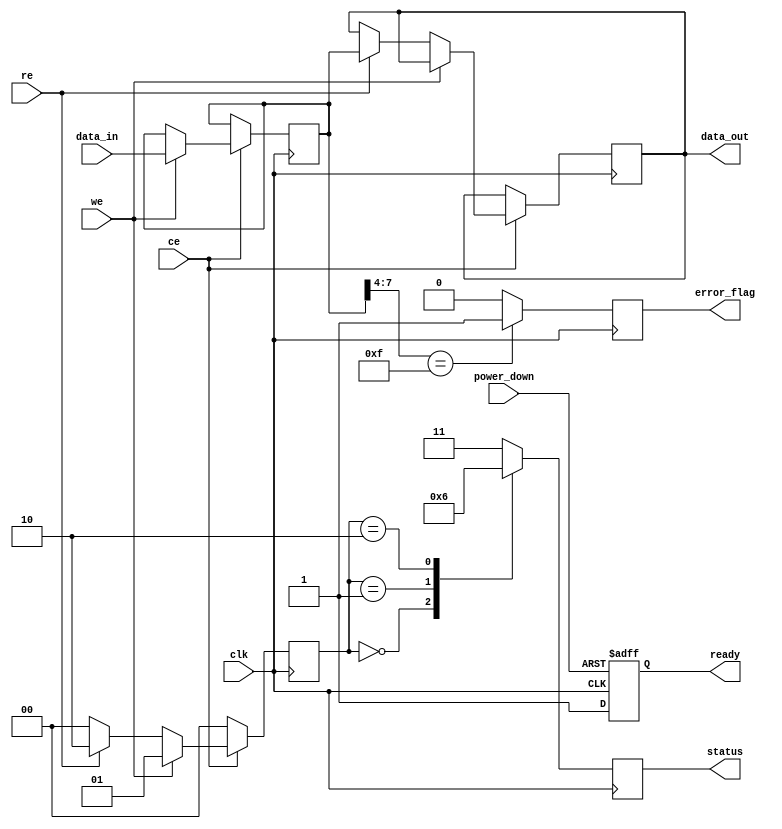
module ioblock (
    // I/O ports
    input wire [7:0] data_in,         // Input data (8 bits)
    output wire [7:0] data_out,       // Output data (8 bits)
    input wire ce,                     // Chip Enable
    input wire we,                     // Write Enable
    input wire re,                     // Read Enable
    input wire clk,                    // Internal clock
    output reg ready,                  // Ready status
    output reg error_flag,             // Error flag
    input wire power_down,             // Power management signal
    output wire [1:0] status           // Status register (Busy/Ready/Error)
);

    // Internal signals
    reg [7:0] data_latch;              // Data latch
    reg [1:0] operation_mode;          // Operation mode (Read, Write, Erase)
    reg [15:0] timing_control;          // Timing control parameters

    // Power management
    always @(posedge clk or negedge power_down) begin
        if (!power_down) begin
            // Enter low power mode
            ready <= 1'b0;
            // additional power management logic
        end else begin
            ready <= 1'b1; // Active mode
        end
    end

    // Control signal processing
    always @(posedge clk) begin
        if (ce) begin
            if (we) begin
                // Write Operation
                data_latch <= data_in; // Latch input data
                operation_mode <= 2'b01; // Set operation mode to Write
                // Implement Write logic here
            end else if (re) begin
                // Read Operation
                data_out <= data_latch; // Output the latched data
                operation_mode <= 2'b10; // Set operation mode to Read
                // Implement Read logic here
            end else begin
                operation_mode <= 2'b00; // Idle mode
            end
        end else begin
            operation_mode <= 2'b00; // Chip disabled
        end
    end

    // Status register logic
    always @(posedge clk) begin
        case (operation_mode)
            2'b00: status <= 2'b00; // Idle
            2'b01: status <= 2'b01; // Busy during Write
            2'b10: status <= 2'b10; // Busy during Read
            default: status <= 2'b11; // Error state
        endcase

        // Error flag logic (placeholder)
        if (data_latch[7:4] == 4'b1111) begin // Example error condition
            error_flag <= 1'b1;
        end else begin
            error_flag <= 1'b0;
        end
    end

    // Timing control logic (simple example)
    always @(posedge clk) begin
        if (operation_mode == 2'b01 || operation_mode == 2'b10) begin
            // Implement timing control for read/write operations
            timing_control <= timing_control + 1; // Example timing increment
        end
    end

endmodule